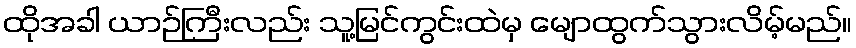
ထိုအခါ ယာဉ်ကြီးလည်း သူ့မြင်ကွင်းထဲမှ မျောထွက်သွားလိမ့်မည်။